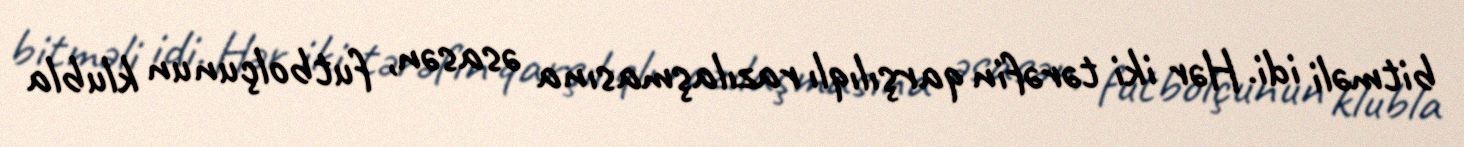
bitməli idi. Hər iki tərəfin qarşılıqlı razılaşmasına əsasən, futbolçunun klubla